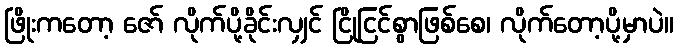
ဖြိုးကတော့ ဇော် လိုက်ပို့ခိုင်းလျှင် ငြိုငြင်စွာဖြစ်စေ၊ လိုက်တော့ပို့မှာပဲ။